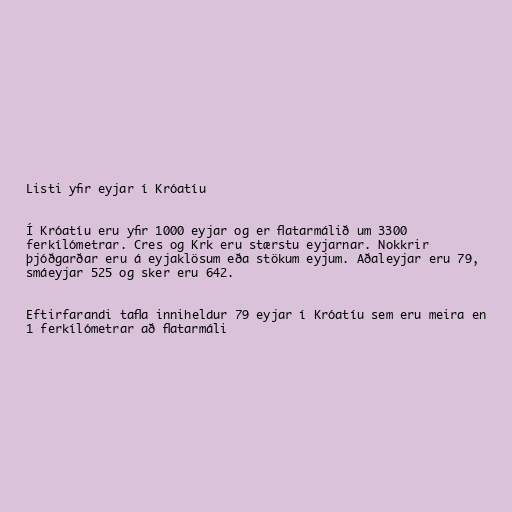
Listi yfir eyjar í Króatíu

Í Króatíu eru yfir 1000 eyjar og er flatarmálið um 3300
ferkílómetrar. Cres og Krk eru stærstu eyjarnar. Nokkrir
þjóðgarðar eru á eyjaklösum eða stökum eyjum. Aðaleyjar eru 79,
smáeyjar 525 og sker eru 642.

Eftirfarandi tafla inniheldur 79 eyjar í Króatíu sem eru meira en
1 ferkílómetrar að flatarmáli